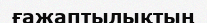
ғажаптылықтың